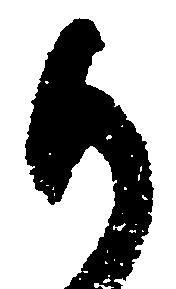
御